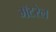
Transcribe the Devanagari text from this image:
मॅटरेल